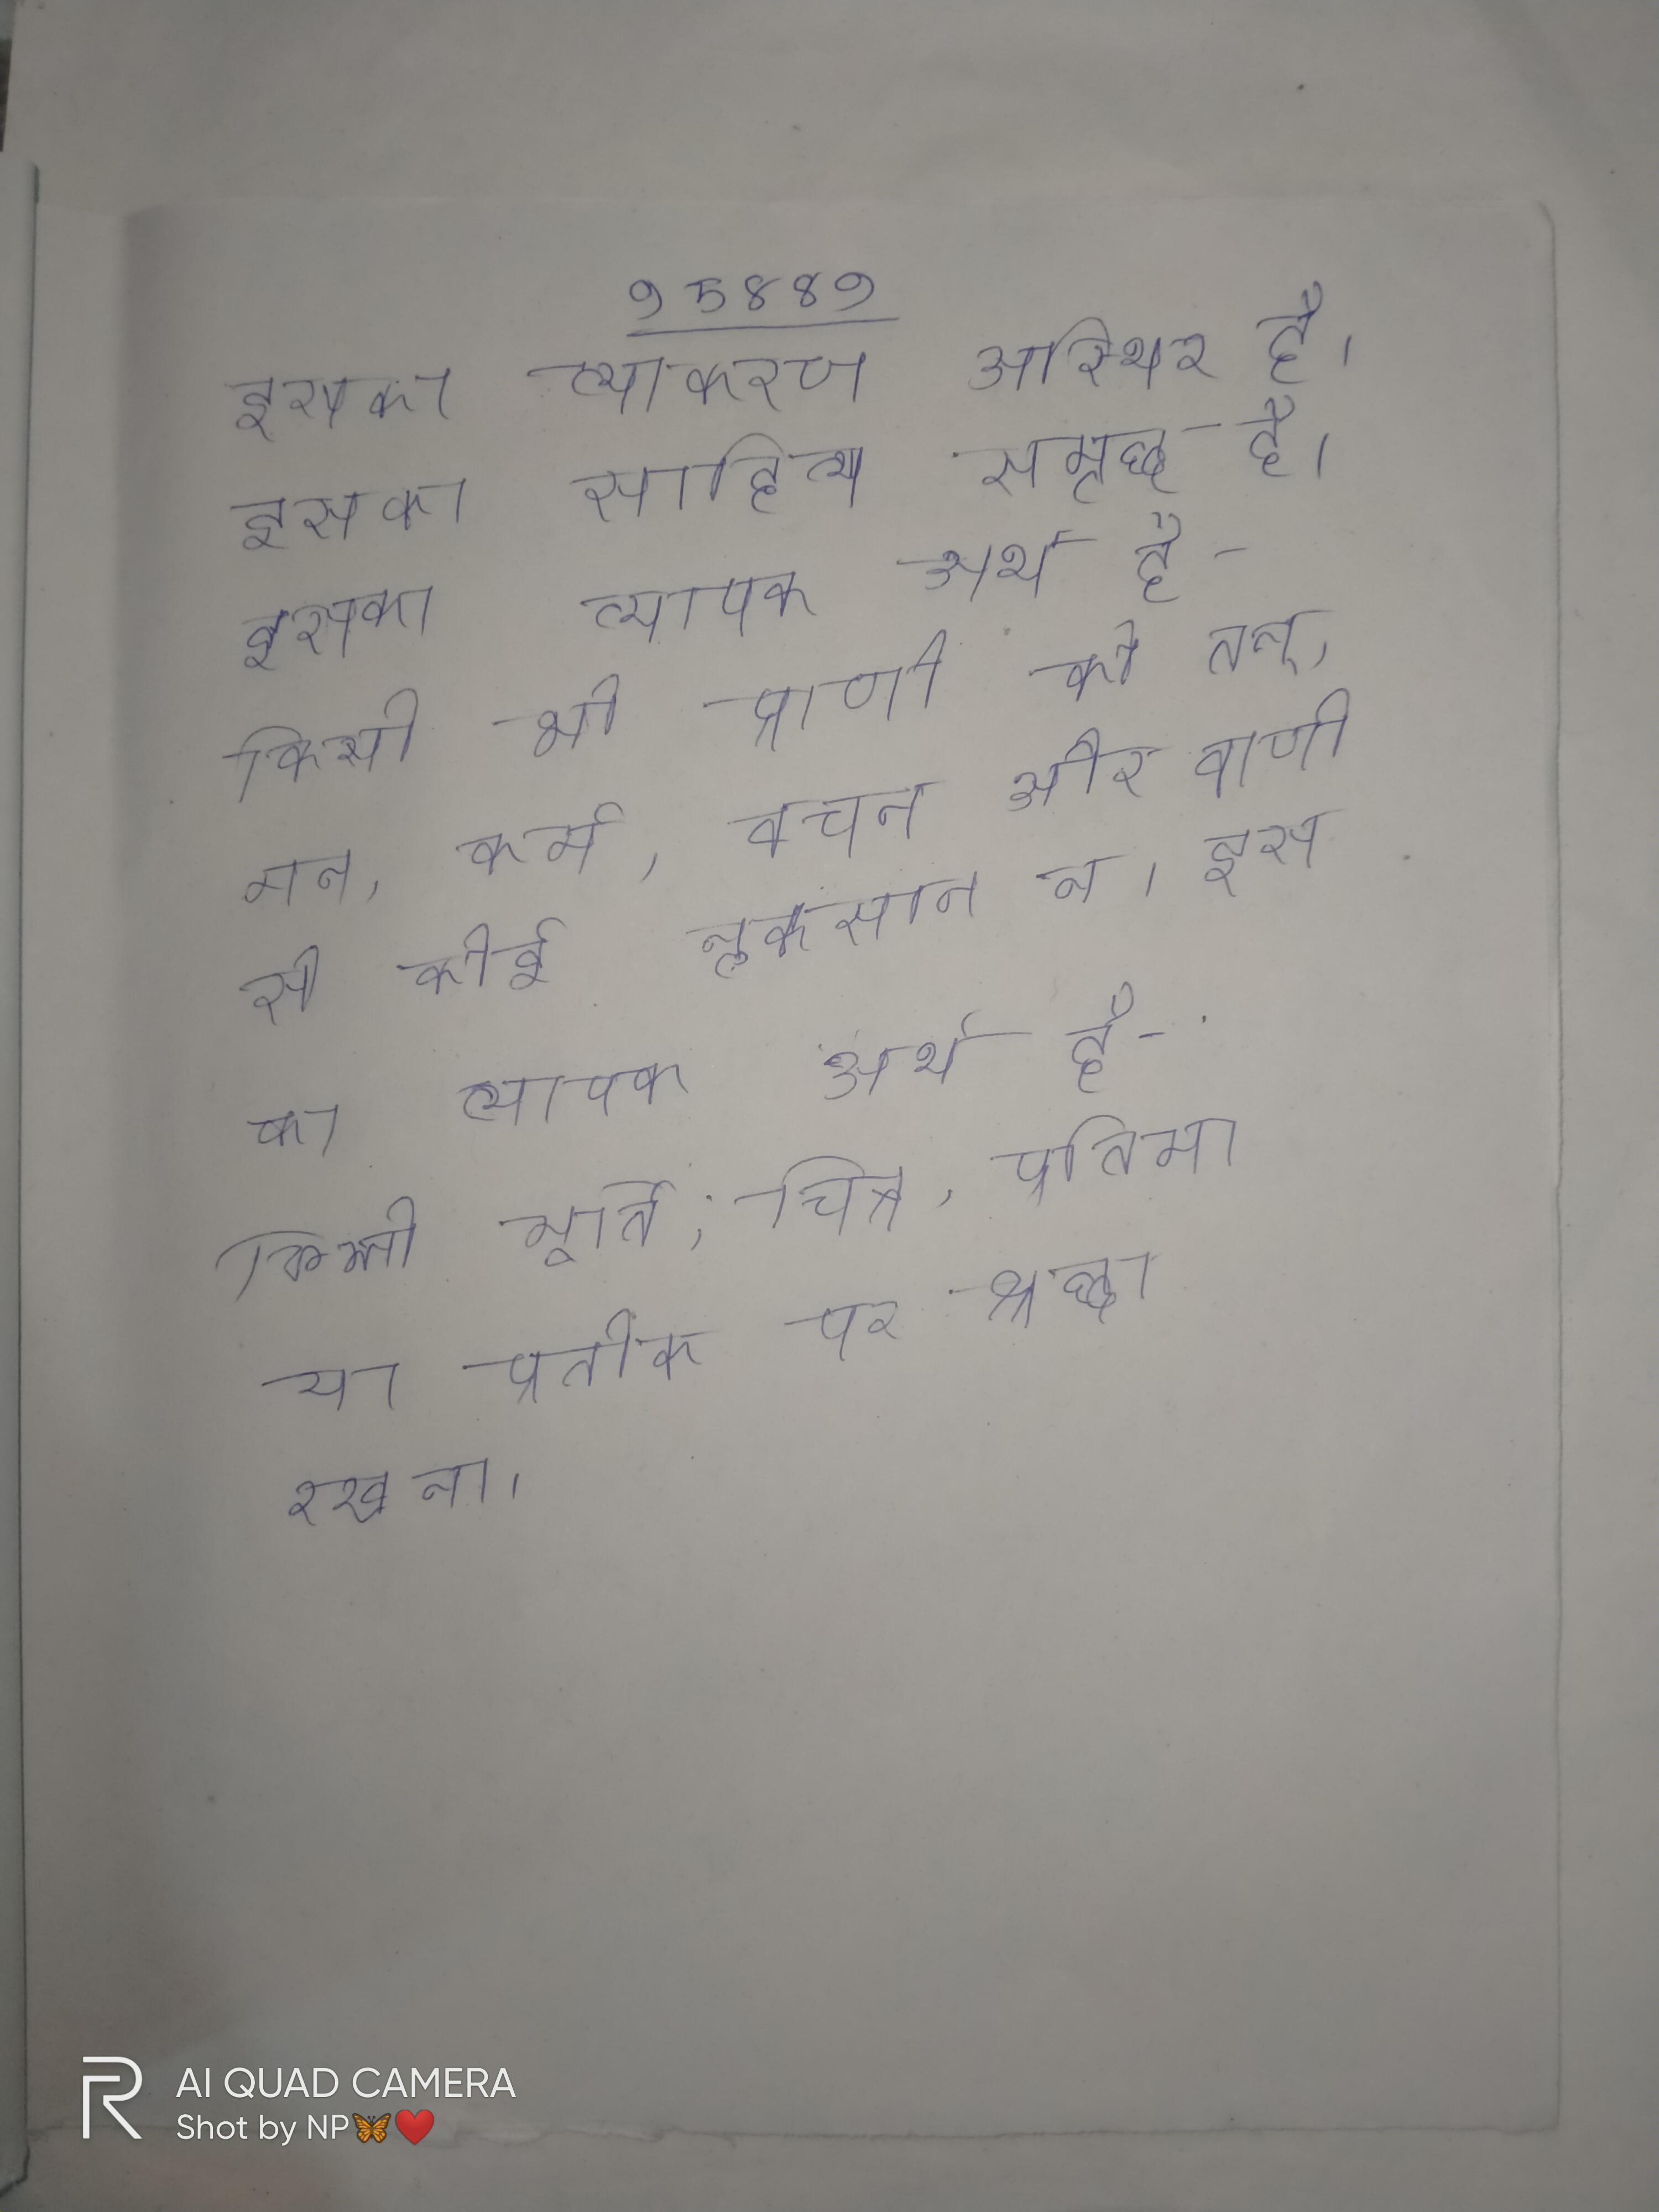
इसका व्याकरण अस्थिर है, इसका साहित्य समृद्ध है । इसका व्यापक अर्थ है - किसी भी प्राणी को तन, मन, कर्म, वचन और वाणी से कोई नुकसान न । इसका व्यापक अर्थ है- किसी मूर्ति, चित्र, प्रतिमा या प्रतीक पर श्रद्धा रखना ।